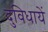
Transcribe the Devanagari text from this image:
दुविधायें